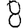
Digit: 8